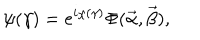
LaTeX: \psi ( \gamma ) = e ^ { i \chi ( \gamma ) } \Phi ( \vec { \alpha } , \vec { \beta } ) ,